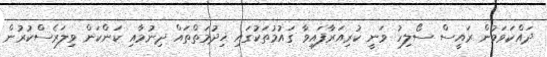
ދައްކަވަމުން ރައީސް ސޯލިހު ވަނީ ކުރިއަރާފައިވާ ގައުމުތަކުގައި ޚިދުމަތްތައް ދިނުމާއި ކަންކަން ވިލަރެސްކުރުން